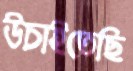
উচাইতেছি